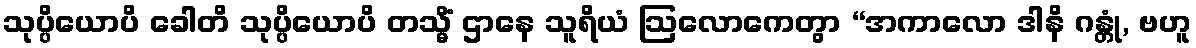
သုပ္ပိယောပိ ခေါတိ သုပ္ပိယောပိ တသ္မိံ ဌာနေ သူရိယံ ဩလောကေတွာ “အကာလော ဒါနိ ဂန္တုံ, ဗဟူ